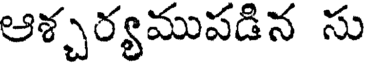
ఆశ్చర్యముపడిన సు